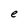
Character: e